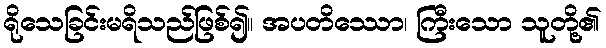
ရိုသေခြင်းမရိသည်ဖြစ်၍။ အပတိဿော၊ ကြီးသော သူတို့၏